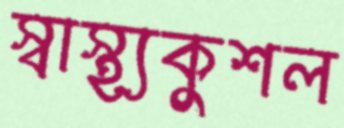
স্বাস্থ্যকুশল